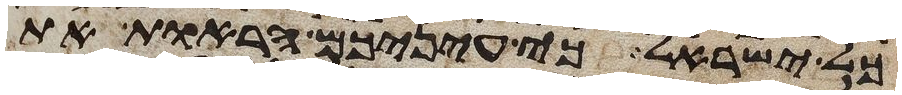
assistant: כל ישראל כי עיניכם הראות את